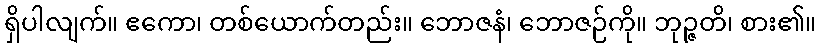
ရှိပါလျက်။ ဧကော၊ တစ်ယောက်တည်း။ ဘောဇနံ၊ ဘောဇဉ်ကို။ ဘုဉ္ဇတိ၊ စား၏။